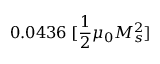
0 . 0 4 3 6 \; [ \frac { 1 } { 2 } \mu _ { 0 } M _ { s } ^ { 2 } ]